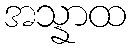
အသ္နာထ